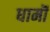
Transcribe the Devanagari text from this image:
धामॊं